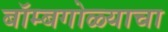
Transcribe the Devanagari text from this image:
बॉम्बगोळ्याचा